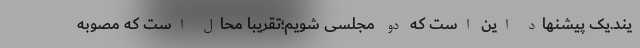
یند.یک پیشنهاد این است که دو مجلسی شویم؛تقریبا محال است که مصوبه